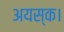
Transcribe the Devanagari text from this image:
अयस्क।